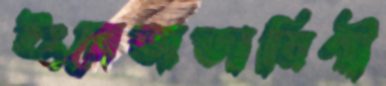
ইংরেজভাষিণী